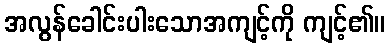
အလွန်ခေါင်းပါးသောအကျင့်ကို ကျင့်၏။